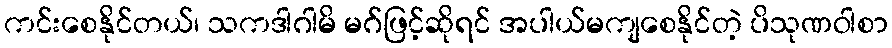
ကင်းစေနိုင်တယ်၊ သကဒါဂါမိ မဂ်ဖြင့်ဆိုရင် အပါယ်မကျစေနိုင်တဲ့ ပိသုဏဝါစာ